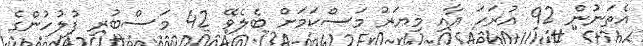
އެތަނުން 92 އުރަހަ އާއި މިޔަރު މަސްކަމަށް ބެލެވޭ 42 މަސްބުރި ފުުލުހުންގެ